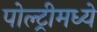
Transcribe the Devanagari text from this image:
पोल्ट्रीमध्ये